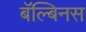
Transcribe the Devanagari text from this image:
बॅल्बिनस